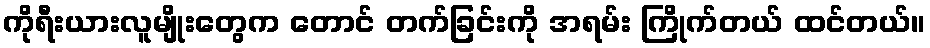
ကိုရီးယားလူမျိုးတွေက တောင် တက်ခြင်းကို အရမ်း ကြိုက်တယ် ထင်တယ်။